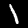
Digit: 1